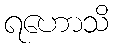
ရဟောသိ